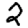
Digit: 2